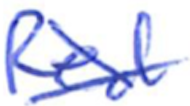
Text: Red
Cross-out: cross
Writing tool: ballpoint